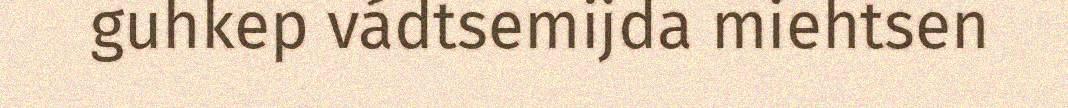
guhkep vádtsemijda miehtsen